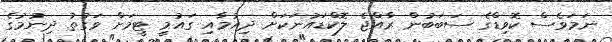
ނަމަވެސް ކޮވިޑްގެ ސަބަބުން ރާއްޖެ ލޮކްޑައުނަކަށް ދިއުމާއި ގައުމީ ޓީމަށް ވަގުތު ދިނުމުގެ